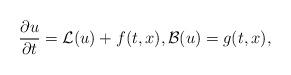
LaTeX: \begin{align*} \frac{\partial u}{\partial t} = \mathcal{L}(u) + f(t,x), \mathcal{B}(u) = g(t,x), \end{align*}